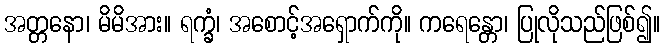
အတ္တနော၊ မိမိအား။ ရက္ခံ၊ အစောင့်အရှောက်ကို။ ကရေန္တော၊ ပြုလိုသည်ဖြစ်၍။